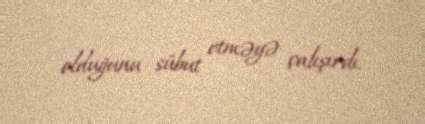
olduğunu sübut etməyə çalışırdı.